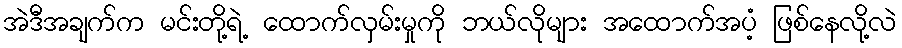
အဲဒီအချက်က မင်းတို့ရဲ့ ထောက်လှမ်းမှုကို ဘယ်လိုများ အထောက်အပံ့ ဖြစ်နေလို့လဲ